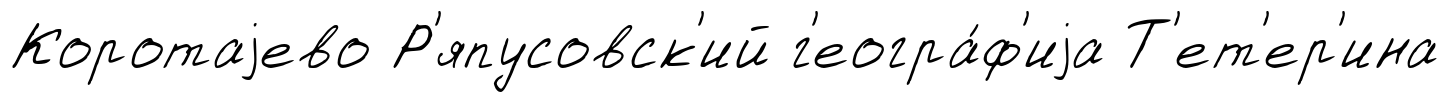
Коротаjево Р'япусовск'ий г'еогра́ф'иjа Т'ет'ер'ина